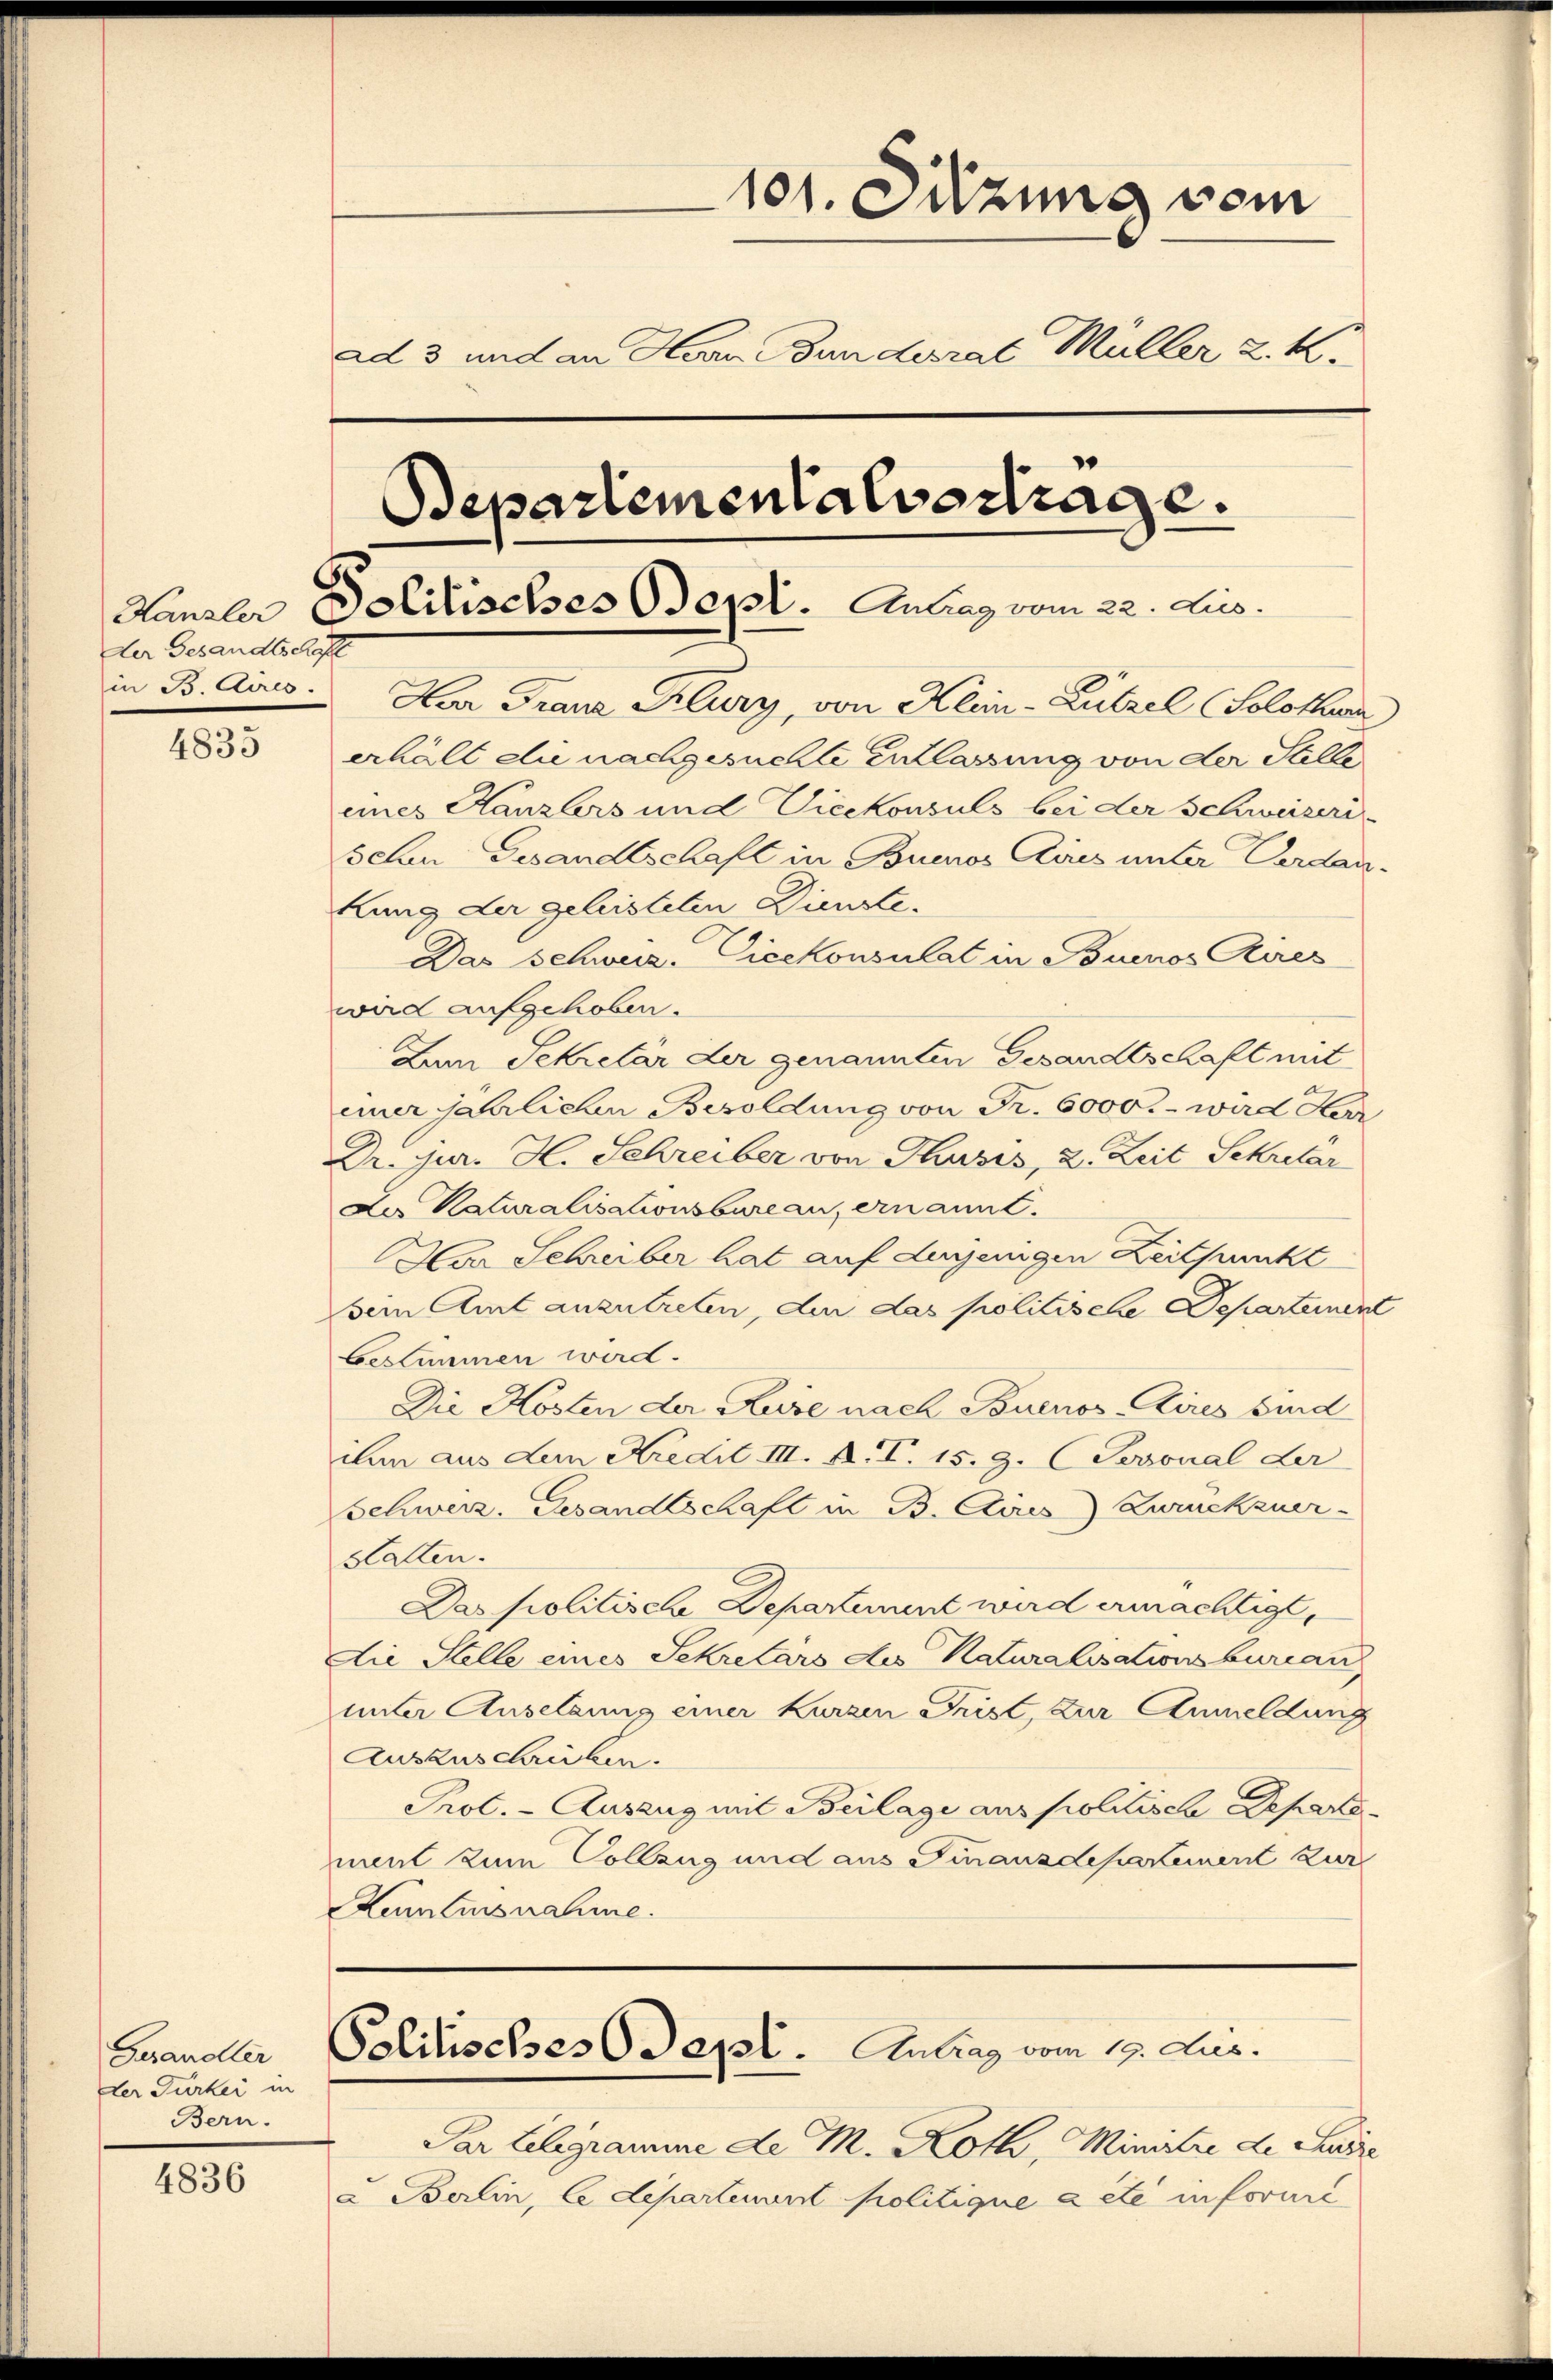
der Gesandtschaft

4835

Gerandler
der Furkei in
Bern.

4836

101. Sitzung vom
ad 3 und an Herrn Bundesrat Müller z. K.
Departementalvertrage.
Kanzler Politisches Sept. Antrag vom 22. Jus
in B. Aires. Har Franz Klury, von Klein-Lützel (Solothur
erhält die nachgesuchte Entlassung von der Stelle
eines Kanzlers und Vicekonsuls bei der Schweizeri-
schen Gesandtschaft in Buenos Aires unter Verdan-

hung der geleisteten Dienste.
Das Schweiz. Vicekonsulat in Buenos Aires
wird aufgehoben.
Aam Sekretär der genannten Gesandtschaft mit
einer jährlichen Besoldung von Fr. 6000.- wird Herr
Dr. jur. H. Schreiber von Thusis, 2. Zeit Sekretär
de Naturalisationsbureau, ernannt.
Aar Schreiber hat auf denjenigen Zeitpunkt
sein Amt anzutreten, der das politische Departement
bestimmen wird.
Die Kosten der Kure nach Touenos-Aires bind
ihm aus dem Kredit III. A. T. 15. 9. (Sevoual der
Schweiz. Gesandtschaft in B. Aires Zurückzuer-
statten.
Das politische Departement wird ermächtigt,
Die Stelle eines Sekretärs des Naturalisationsbureau
unter Ansetzung einer kurzen Frist, zur Anmeldung
Auszuschreiben.
Prot. - Auszug mit Beilage aus politische Departa
ment zum Vollzug und aus Finanzdepartement zur
Kenntnisnahme.

Politisches Sept. Antrag vom 19. Jur.

Par telegramme de M. Roth, Ministre de Ludre
a Berlin, le departement politique acte informi